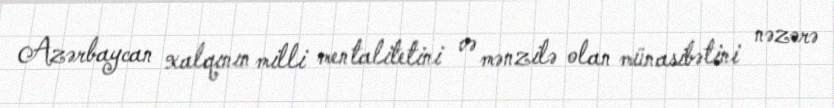
Azərbaycan xalqının milli mentalitetini və mənzilə olan münasibətini nəzərə